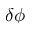
\delta \phi